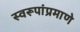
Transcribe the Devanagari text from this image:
स्वरूपांप्रमाणे